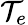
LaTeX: \mathcal{T}_{e}